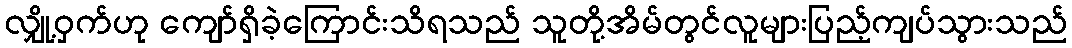
လျှို့ဝှက်ဟု ကျော်ရှိခဲ့ကြောင်းသိရသည် သူတို့အိမ်တွင်လူများပြည့်ကျပ်သွားသည်